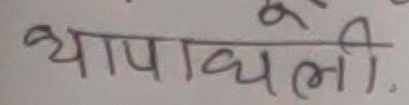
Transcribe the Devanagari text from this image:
थापाधली.